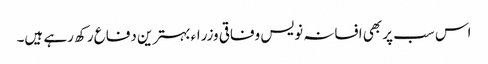
اس سب پر بھی افسانہ نویس وفاقی وزراء بہترین دفاع رکھ رہے ہیں۔